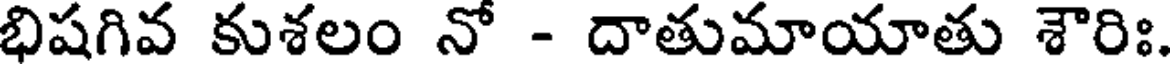
భిషగివ కుశలం నో - దాతుమాయాతు శౌరిః.